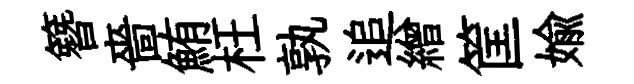
簪嗇鮪枉孰追繒筐媮